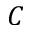
C